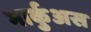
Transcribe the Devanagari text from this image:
मार्कुअस